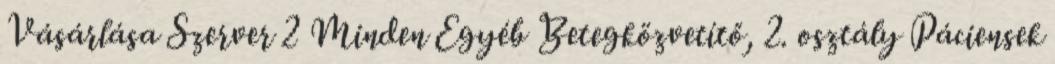
Vásárlása Szerver 2 Minden Egyéb Betegközvetítő, 2. osztály Páciensek